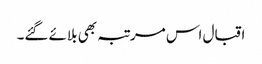
اقبال اس مرتبہ بھی بلائے گئے۔